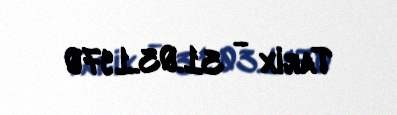
Tarix - 31.03.1970